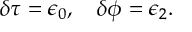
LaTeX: \delta \tau = \epsilon _ { 0 } , \quad \delta \phi = \epsilon _ { 2 } .